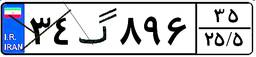
۳۴گ۸۹۶۳۵